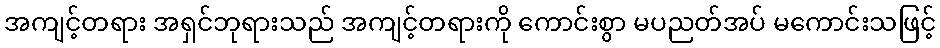
အကျင့်တရား အရှင်ဘုရားသည် အကျင့်တရားကို ကောင်းစွာ မပညတ်အပ် မကောင်းသဖြင့်